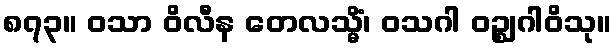
၈၇၃။ ဝသာ ဝိလီန တေလသ္မိံ၊ ဝသဂါ ဝဉ္ဈဂါဝိသု။